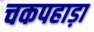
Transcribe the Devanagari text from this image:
चकपहाड़ा